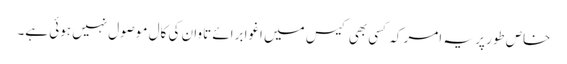
خاص طور پر یہ امر کہ کسی بھی کیس میں اغوا برائے تاوان کی کال موصول نہیں ہوئی ہے۔